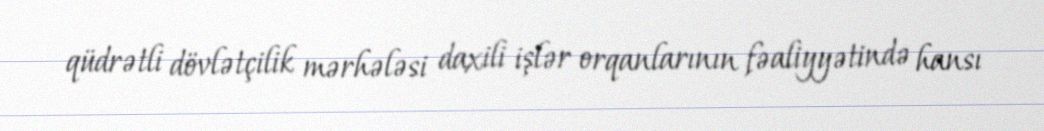
qüdrətli dövlətçilik mərhələsi daxili işlər orqanlarının fəaliyyətində hansı